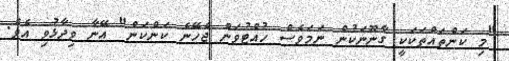
"މި ކަންތައްތަކަކީ ގާނޫނަކުން ނަމަވެސް ހުއްޓުވަން ޖެހޭނެ ކަންކަން" އޭނާ ވިދާޅުވި އެވެ.